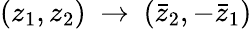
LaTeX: (z_{1},z_{2})~\rightarrow~(\bar{z}_{2},-\bar{z}_{1})